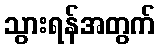
သွားရန်အတွက်